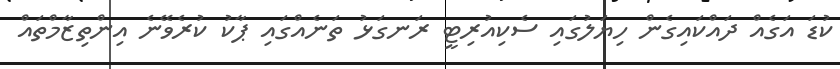
ކުޑަ އަގެއް ދައްކައިގެން ހިޔަލުގައި ސެކިއުރިޓީ ރަނގަޅު ތަނެއްގައި ޕާކު ކުރެވޭނެ އިންތިޒާމްތައް